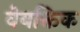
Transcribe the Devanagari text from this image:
वेयक्तिक